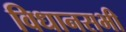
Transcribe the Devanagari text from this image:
विधानसभी